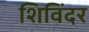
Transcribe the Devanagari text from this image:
शिविंदर